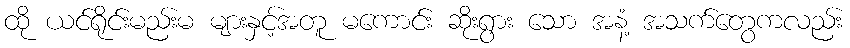
ထို ယင်ရိုင်းမည်းမ များနှင့်အတူ မကောင်း ဆိုးရွား သော အနံ့ အသက်တွေကလည်း